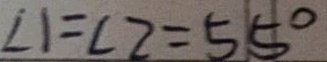
\angle 1 = \angle 2 = 5 5 ^ { \circ }